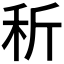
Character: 𥝹